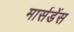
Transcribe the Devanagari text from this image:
मार्सडेंस